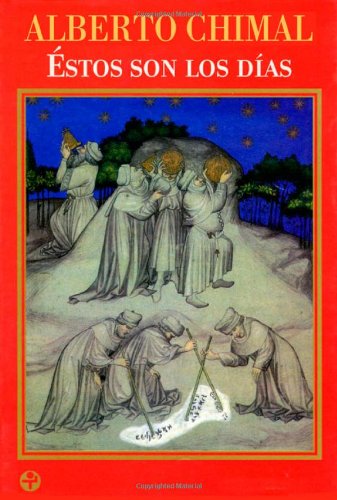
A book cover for Estos son los dias (Spanish Edition); Alberto Chimal; Religion & Spirituality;